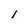
Character: I